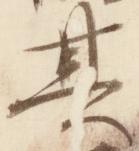
其